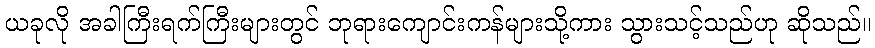
ယခုလို အခါကြီးရက်ကြီးများတွင် ဘုရားကျောင်းကန်များသို့ကား သွားသင့်သည်ဟု ဆိုသည်။